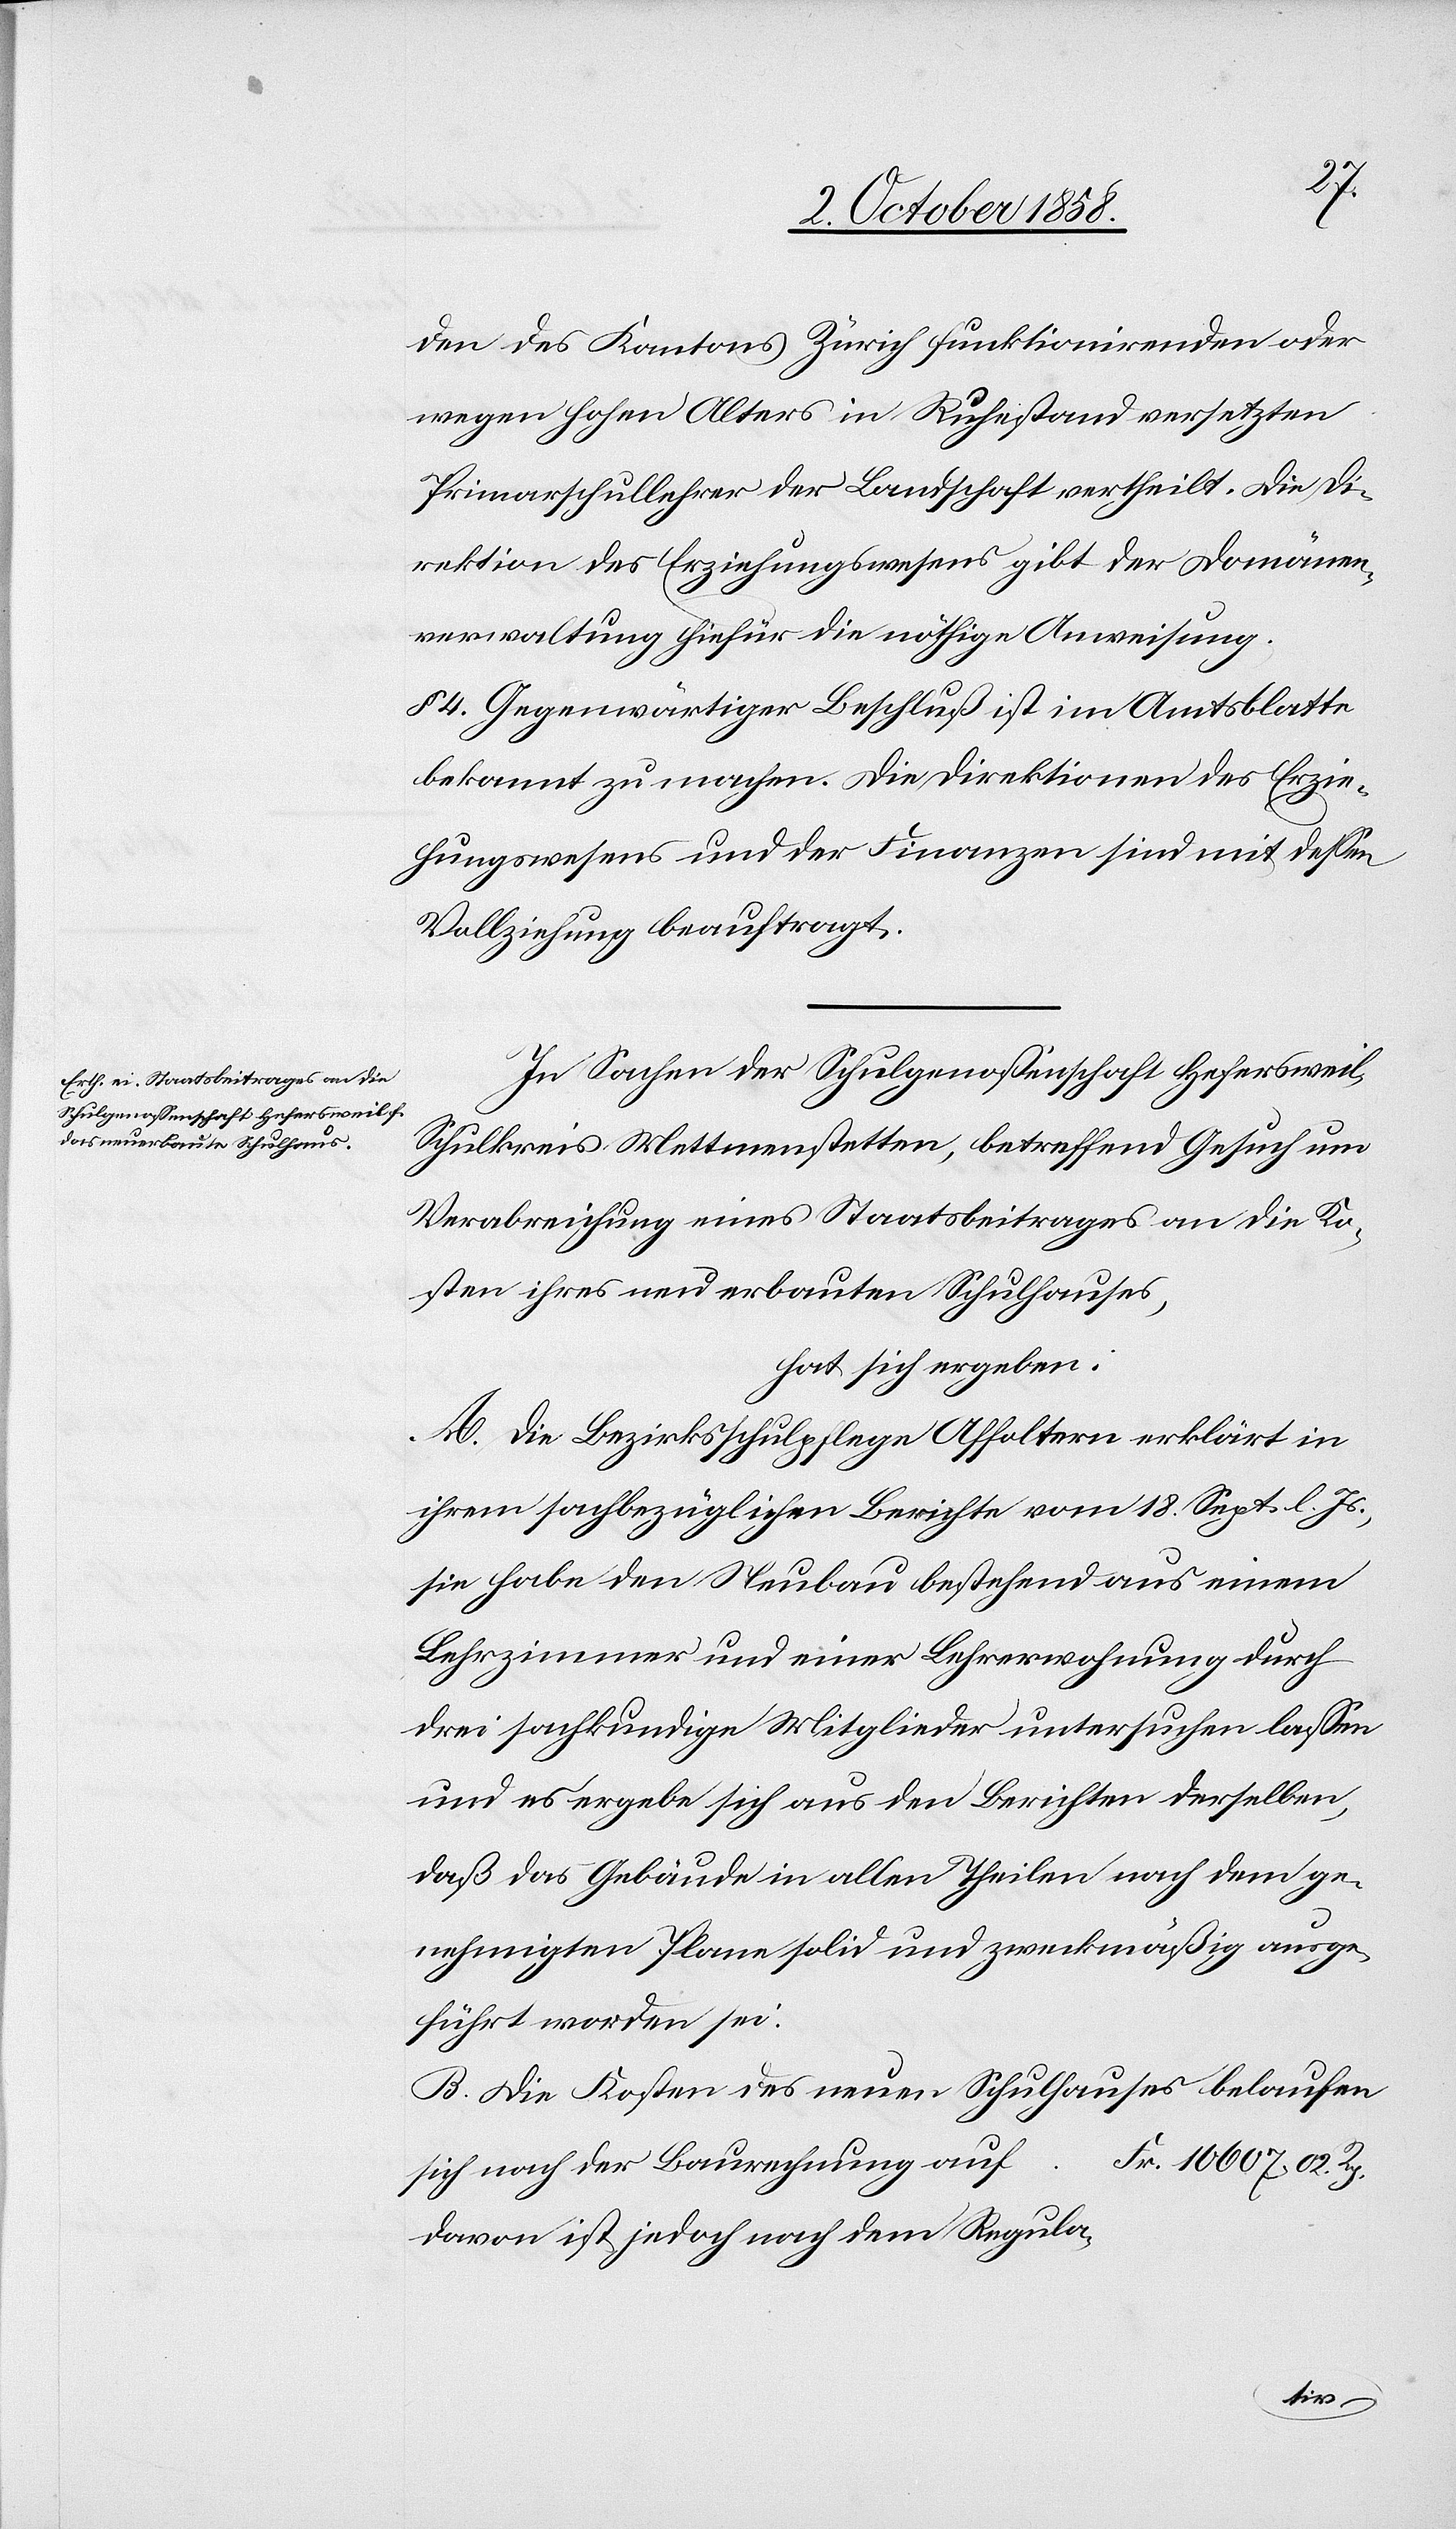
den des Kantons Zürich funktionirenden oder
wegen hohen Alters in Ruhestand versetzten
Primarschullehrer der Landschaft vertheilt. Die Di¬
rektion des Erziehungswesens gibt der Domänen¬
verwaltung hiefür die nöthige Anweisung.
§ 4. Gegenwärtiger Beschluß ist im Amtsblatte
bekannt zu machen. Die Direktionen des Erzie¬
hungswesens und der Finanzen sind mit dessen
Vollziehung beauftragt.
In Sachen der Schulgenossenschaft Hefersweil,
Schulkreis Mettmenstetten, betreffend Gesuch um
Verabreichung eines Staatsbeitrages an die Ko¬
sten ihres neu erbauten Schulhauses,
hat sich ergeben:
A. Die Bezirksschulpflege Affoltern erklärt in
ihrem sachbezüglichen Berichte vom 18. Sept. l. Js.,
sie habe den Neubau bestehend aus einem
Lehrzimmer und einer Lehrerwohnung durch
drei sachkundige Mitglieder untersuchen lassen
und es ergebe sich aus den Berichten derselben,
daß das Gebäude in allen Theilen nach dem ge¬
nehmigten Plane solid und zweckmäßig ausge¬
führt worden sei.
B. Die Kosten des neuen Schulhauses belaufen
Fr. 10 607. 02. Rp.
Davon ist jedoch nach dem Regula-